Indian journal of veterinary science and animal husbandry - Volumes 15-17, 1948-1951
Year: 1948
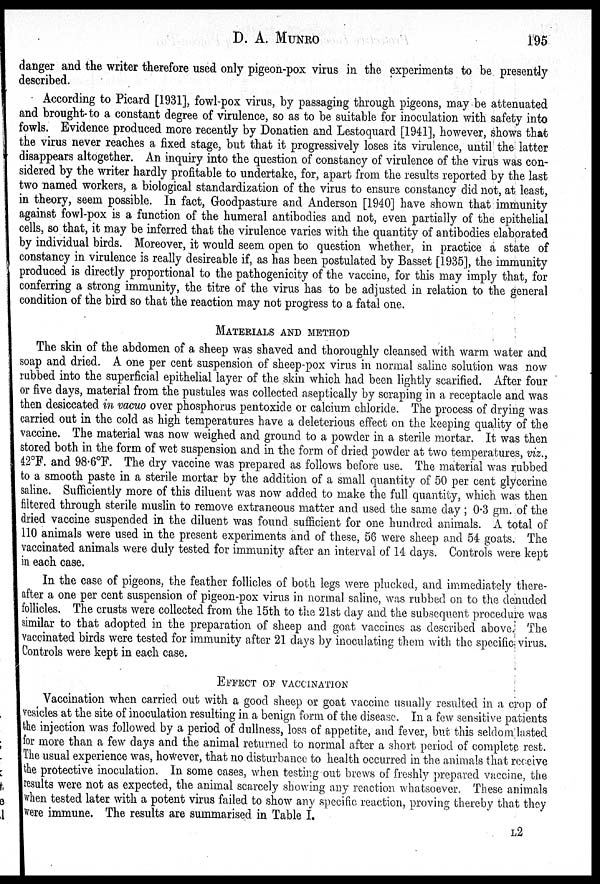
D. A. MUNRO 195
danger and the writer therefore used only pigeon-pox virus in the experiments to be presently
described.
According to Picard [1931], fowl-pox virus, by passaging through pigeons, may be attenuated
and brought to a constant degree of virulence, so as to be suitable for inoculation with safety into
fowls. Evidence produced more recently by Donatien and Lestoquard [1941], however, shows that
the virus never reaches a fixed stage, but that it progressively loses its virulence, until the latter
disappears altogether. An inquiry into the question of constancy of virulence of the virus was con-
sidered by the writer hardly profitable to undertake, for, apart from the results reported by the last
two named workers, a biological standardization of the virus to ensure constancy did not, at least,
in theory, seem possible. In fact, Goodpasture and Anderson [1940] have shown that immunity
against fowl-pox is a function of the humeral antibodies and not, even partially of the epithelial
cells, so that, it may be inferred that the virulence varies with the quantity of antibodies elaborated
by individual birds. Moreover, it would seem open to question whether, in practice a state of
constancy in virulence is really desireable if, as has been postulated by Basset [1935], the immunity
produced is directly proportional to the pathogenicity of the vaccine, for this may imply that, for
conferring a strong immunity, the titre of the virus has to be adjusted in relation to the general
condition of the bird so that the reaction may not progress to a fatal one.
MATERIALS AND METHOD
The skin of the abdomen of a sheep was shaved and thoroughly cleansed with warm water and
soap and dried. A one per cent suspension of sheep-pox virus in normal saline solution was now
rubbed into the superficial epithelial layer of the skin which had been lightly scarified. After four
or five days, material from the pustules was collected aseptically by scraping in a receptacle and was
then desiccated in vacuo over phosphorus pentoxide or calcium chloride. The process of drying was
carried out in the cold as high temperatures have a deleterious effect on the keeping quality of the
vaccine. The material was now weighed and ground to a powder in a sterile mortar. It was then
stored both in the form of wet suspension and in the form of dried powder at two temperatures, viz.,
42ºF. and 98.6ºF. The dry vaccine was prepared as follows before use. The material was rubbed
to a smooth paste in a sterile mortar by the addition of a small quantity of 50 per cent glycerine
saline. Sufficiently more of this diluent was now added to make the full quantity, which was then
filtered through sterile muslin to remove extraneous matter and used the same day; 0.3 gm. of the
dried vaccine suspended in the diluent was found sufficient for one hundred animals. A total of
110 animals were used in the present experiments and of these, 56 were sheep and 54 goats. The
vaccinated animals were duly tested for immunity after an interval of 14 days. Controls were kept
in each case.
In the case of pigeons, the feather follicles of both legs were plucked, and immediately there-
after a one per cent suspension of pigeon-pox virus in normal saline, was rubbed on to the denuded
follicles. The crusts were collected from the 15th to the 21st day and the subsequent procedure was
similar to that adopted in the preparation of sheep and goat vaccines as described above. The
vaccinated birds were tested for immunity after 21 days by inoculating them with the specific virus.
Controls were kept in each case.
EFFECT OF VACCINATION
Vaccination when carried out with a good sheep or goat vaccine usually resulted in a crop of
vesicles at the site of inoculation resulting in a benign form of the disease. In a few sensitive patients
the injection was followed by a period of dullness, loss of appetite, and fever, but this seldom lasted
for more than a few days and the animal returned to normal after a short period of complete rest.
The usual experience was, however, that no disturbance to health occurred in the animals that receive
the protective inoculation. In some cases, when testing out brews of freshly prepared vaccine, the
results were not as expected, the animal scarcely showing any reaction whatsoever. These animals
when tested later with a potent virus failed to show any specific reaction, proving thereby that they
were immune. The results are summarised in Table I.
L2